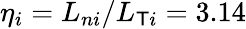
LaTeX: \eta_{i}=L_{ni}/L_{\mathsf{T}i}=3.14